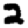
Digit: 2